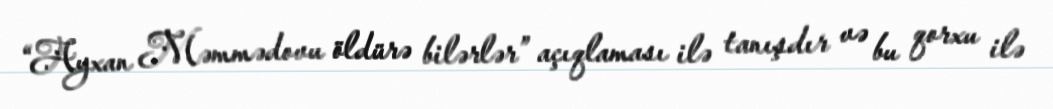
“Ayxan Məmmədovu öldürə bilərlər” açıqlaması ilə tanışdır və bu qorxu ilə